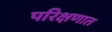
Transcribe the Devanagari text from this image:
परिक्षणात